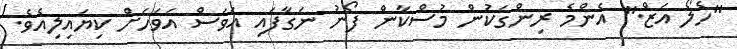
"ހެލޯ އަޒް." އެންމެ ރިންގަކުން މުސްކާން ފޯނު ނަގާފައި އަވަސް އަވަހަށް ކިޔައިލިއެވެ.